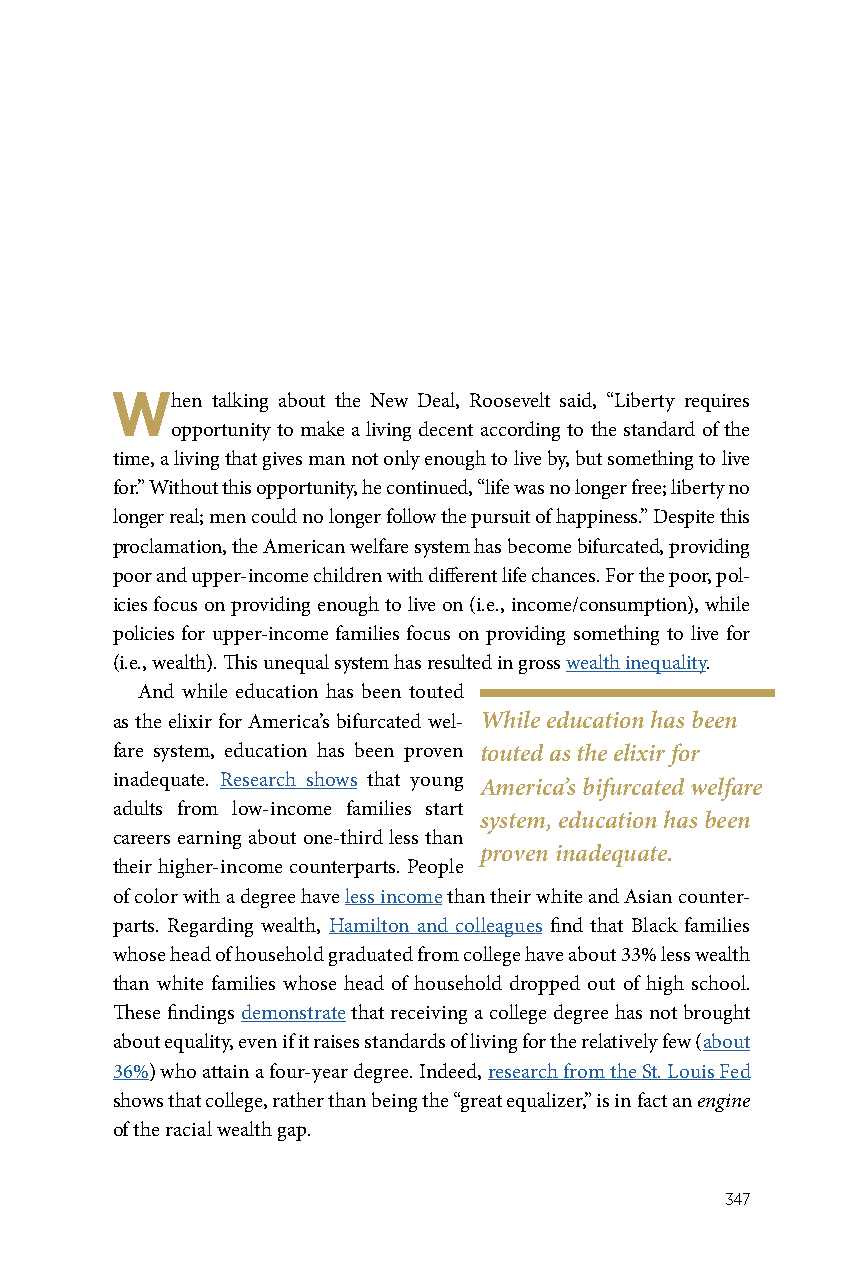
When   talking about the New Deal, Roosevelt said, “Liberty requires
 opportunity to make a living decent according to the standard of the
 time, a living that gives man not only enough to live by, but something to live
 for.” Without this opportunity, he continued, “life was no longer free; liberty no
 longer real; men could no longer follow the pursuit of happiness.” Despite this
 proclamation, the American welfare system has become bifurcated, providing
 poor and upper-income children with different life chances. For the poor, pol-
 icies focus on providing enough to live on (i.e., income/consumption), while
 policies for upper-income families focus on providing something to live for
 (i.e., wealth). This unequal system has resulted in gross wealth inequality.
 And while education has been touted
 as the elixir for America’s bifurcated wel- While education has been
 fare system, education has been proven touted as the elixir for
 inadequate. Research shows that young America’s bifurcated welfare
 adults from low-income families start
 system, education has been
 careers earning about one-third less than
 proven inadequate.
 their higher-income counterparts. People
 of color with a degree have less income than their white and Asian counter-
 parts. Regarding wealth, Hamilton and colleagues find that Black families
 whose head of household graduated from college have about 33% less wealth
 than white families whose head of household dropped out of high school.
 These findings demonstrate that receiving a college degree has not brought
 about equality, even if it raises standards of living for the relatively few (about
 36%) who attain a four-year degree. Indeed, research from the St. Louis Fed
 shows that college, rather than being the “great equalizer,” is in fact an engine
 of the racial wealth gap.
 347